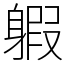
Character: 𨉣